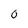
Character: 0